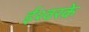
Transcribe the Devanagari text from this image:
ईश्वरके